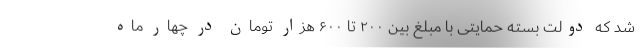
شد که دولت بسته حمایتی با مبلغ بین ۲۰۰ تا ۶۰۰ هزار تومان در چهار ماه